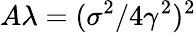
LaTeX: A\lambda=(\sigma^{2}/4\gamma^{2})^{2}